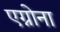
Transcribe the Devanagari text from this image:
एग्नोना